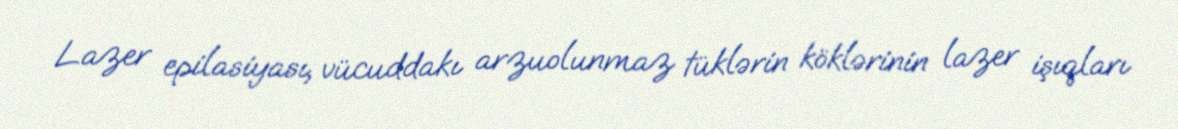
Lazer epilasiyası, vücuddakı arzuolunmaz tüklərin köklərinin lazer işıqları